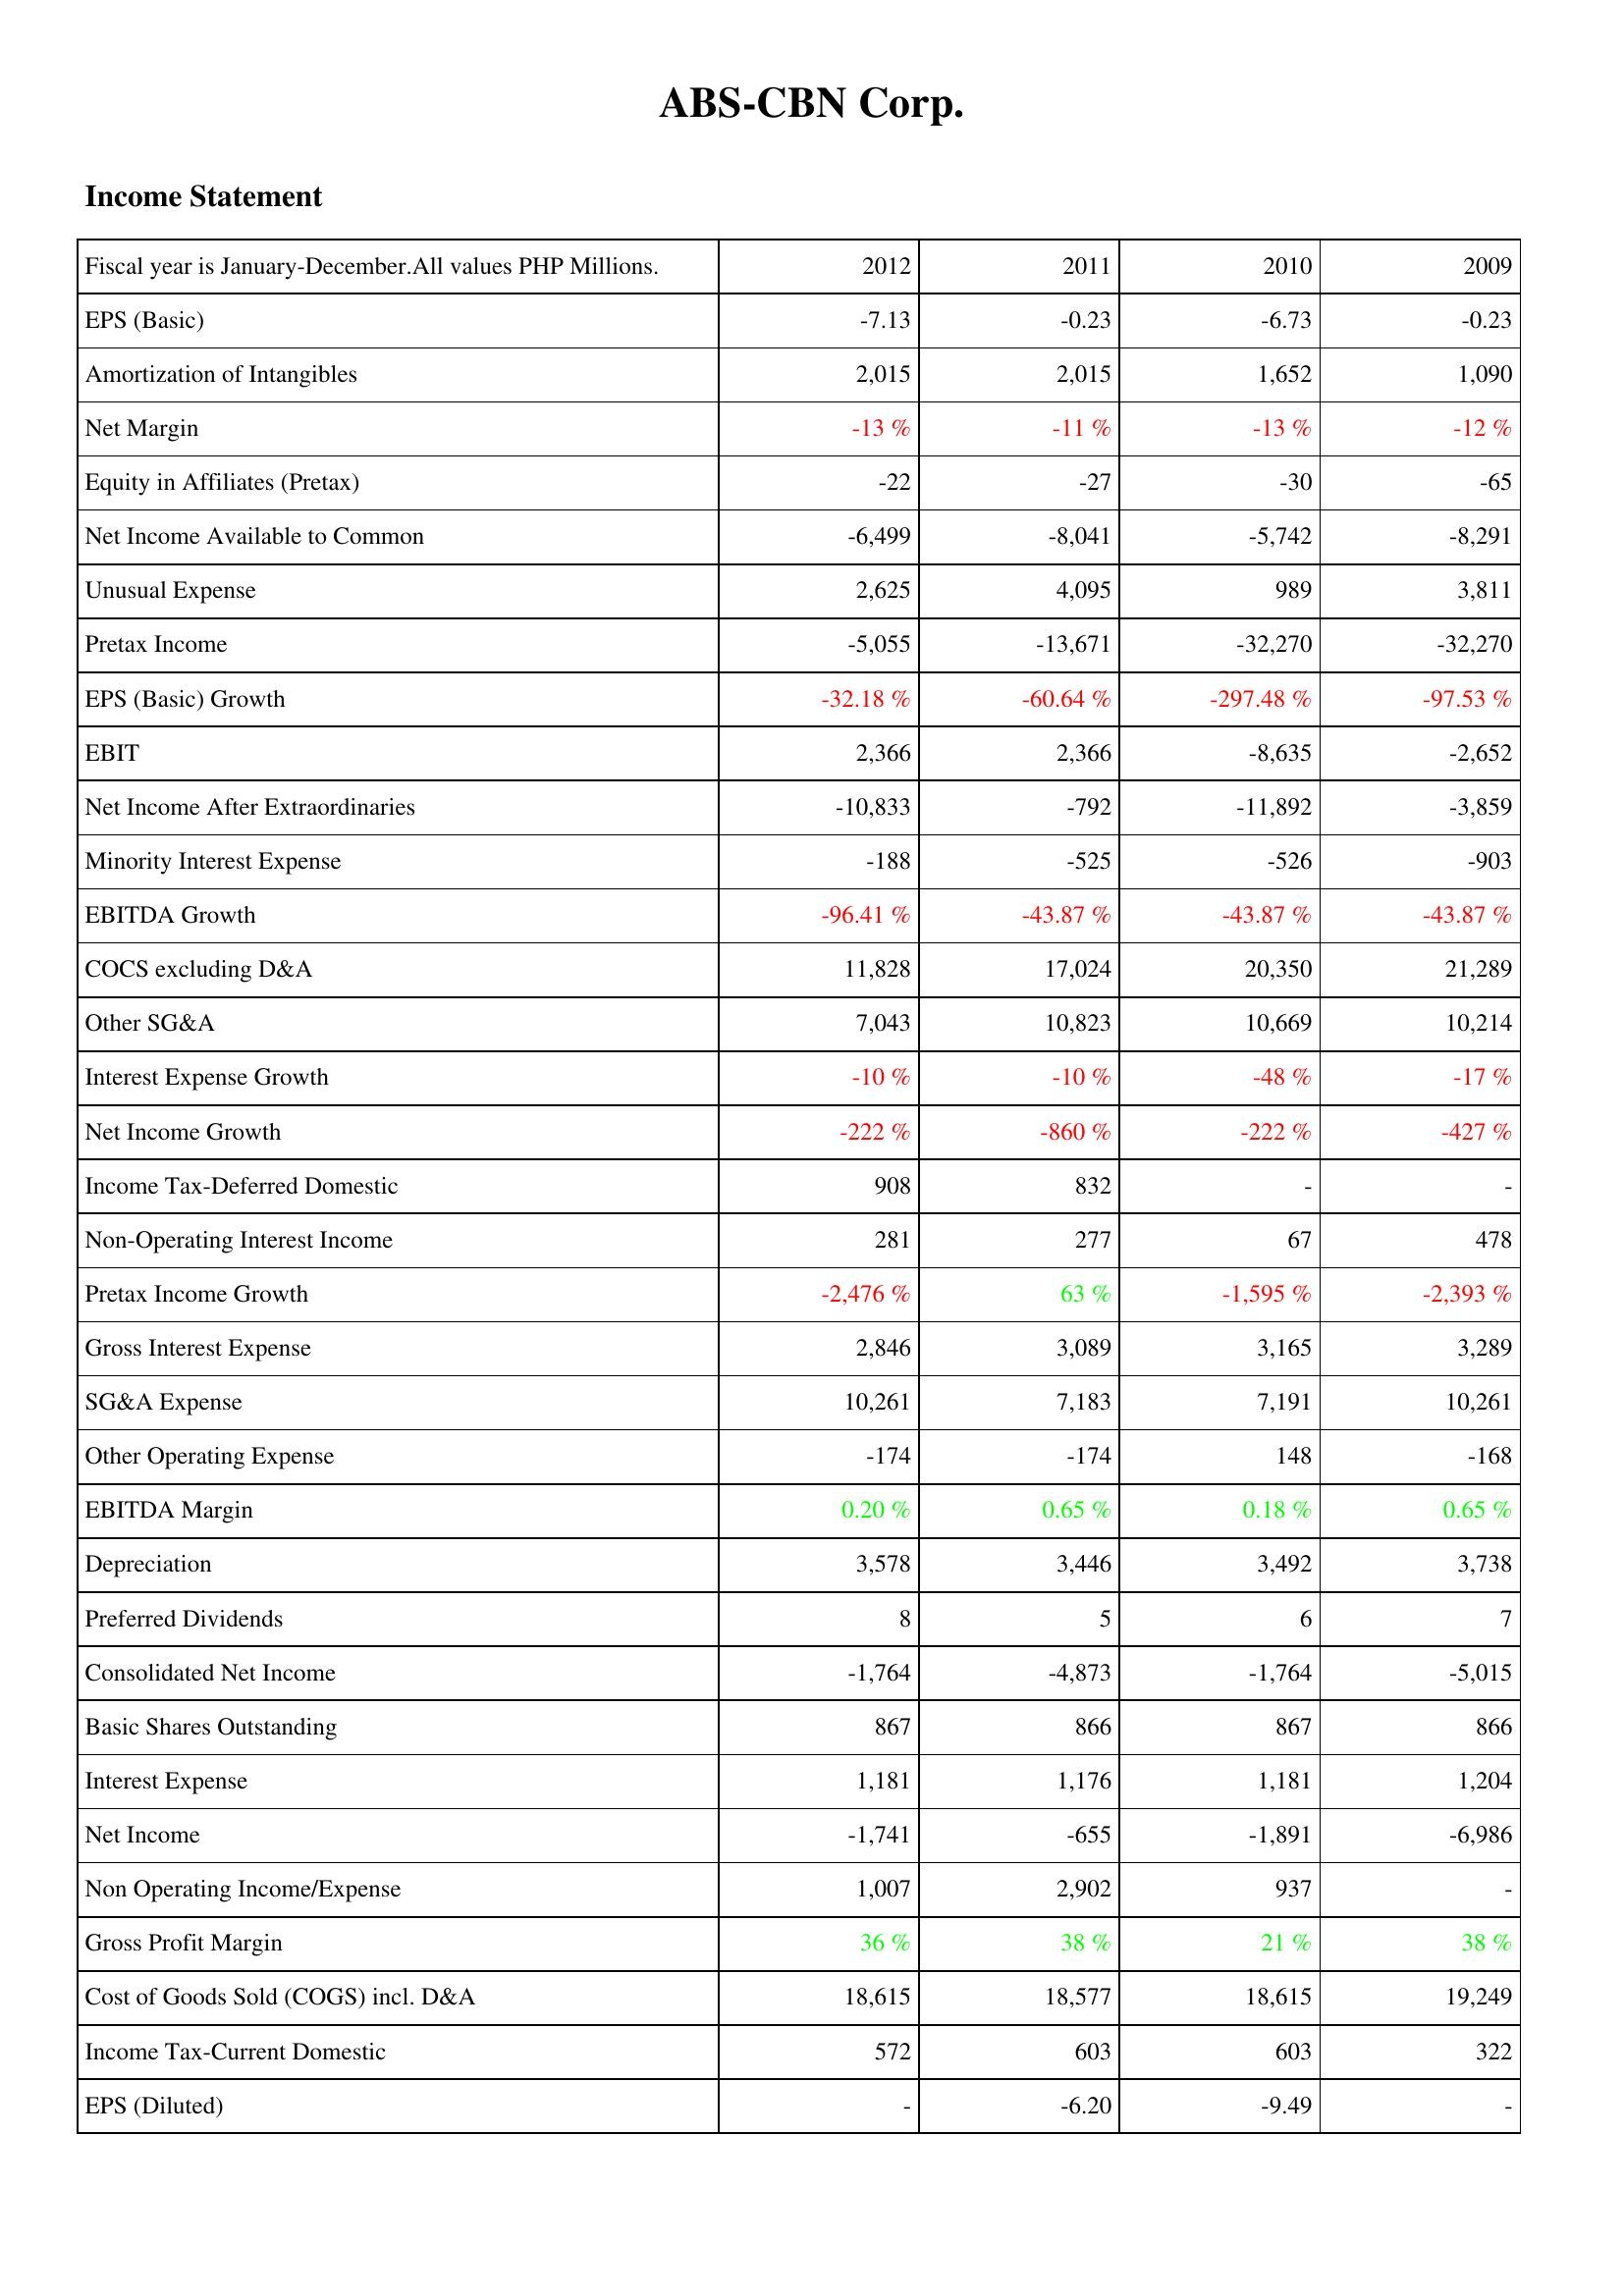
2012: Income Statement: EPS (Basic): -7.13
Amortization of Intangibles: 2,015
Net Margin: -13 %
Equity in Affiliates (Pretax): -22
Net Income Available to Common: -6,499
Unusual Expense: 2,625
Pretax Income: -5,055
EPS (Basic) Growth: -32.18 %
EBIT: 2,366
Net Income After Extraordinaries: -10,833
Minority Interest Expense: -188
EBITDA Growth: -96.41 %
COCS excluding D&A: 11,828
Other SG&A: 7,043
Interest Expense Growth: -10 %
Net Income Growth: -222 %
Income Tax-Deferred Domestic: 908
Non-Operating Interest Income: 281
Pretax Income Growth: -2,476 %
Gross Interest Expense: 2,846
SG&A Expense: 10,261
Other Operating Expense: -174
EBITDA Margin: 0.20 %
Depreciation: 3,578
Preferred Dividends: 8
Consolidated Net Income: -1,764
Basic Shares Outstanding: 867
Interest Expense: 1,181
Net Income: -1,741
Non Operating Income/Expense: 1,007
Gross Profit Margin: 36 %
Cost of Goods Sold (COGS) incl. D&A: 18,615
Income Tax-Current Domestic: 572
EPS (Diluted): -
2011: Income Statement: EPS (Basic): -0.23
Amortization of Intangibles: 2,015
Net Margin: -11 %
Equity in Affiliates (Pretax): -27
Net Income Available to Common: -8,041
Unusual Expense: 4,095
Pretax Income: -13,671
EPS (Basic) Growth: -60.64 %
EBIT: 2,366
Net Income After Extraordinaries: -792
Minority Interest Expense: -525
EBITDA Growth: -43.87 %
COCS excluding D&A: 17,024
Other SG&A: 10,823
Interest Expense Growth: -10 %
Net Income Growth: -860 %
Income Tax-Deferred Domestic: 832
Non-Operating Interest Income: 277
Pretax Income Growth: 63 %
Gross Interest Expense: 3,089
SG&A Expense: 7,183
Other Operating Expense: -174
EBITDA Margin: 0.65 %
Depreciation: 3,446
Preferred Dividends: 5
Consolidated Net Income: -4,873
Basic Shares Outstanding: 866
Interest Expense: 1,176
Net Income: -655
Non Operating Income/Expense: 2,902
Gross Profit Margin: 38 %
Cost of Goods Sold (COGS) incl. D&A: 18,577
Income Tax-Current Domestic: 603
EPS (Diluted): -6.20
2010: Income Statement: EPS (Basic): -6.73
Amortization of Intangibles: 1,652
Net Margin: -13 %
Equity in Affiliates (Pretax): -30
Net Income Available to Common: -5,742
Unusual Expense: 989
Pretax Income: -32,270
EPS (Basic) Growth: -297.48 %
EBIT: -8,635
Net Income After Extraordinaries: -11,892
Minority Interest Expense: -526
EBITDA Growth: -43.87 %
COCS excluding D&A: 20,350
Other SG&A: 10,669
Interest Expense Growth: -48 %
Net Income Growth: -222 %
Income Tax-Deferred Domestic: -
Non-Operating Interest Income: 67
Pretax Income Growth: -1,595 %
Gross Interest Expense: 3,165
SG&A Expense: 7,191
Other Operating Expense: 148
EBITDA Margin: 0.18 %
Depreciation: 3,492
Preferred Dividends: 6
Consolidated Net Income: -1,764
Basic Shares Outstanding: 867
Interest Expense: 1,181
Net Income: -1,891
Non Operating Income/Expense: 937
Gross Profit Margin: 21 %
Cost of Goods Sold (COGS) incl. D&A: 18,615
Income Tax-Current Domestic: 603
EPS (Diluted): -9.49
2009: Income Statement: EPS (Basic): -0.23
Amortization of Intangibles: 1,090
Net Margin: -12 %
Equity in Affiliates (Pretax): -65
Net Income Available to Common: -8,291
Unusual Expense: 3,811
Pretax Income: -32,270
EPS (Basic) Growth: -97.53 %
EBIT: -2,652
Net Income After Extraordinaries: -3,859
Minority Interest Expense: -903
EBITDA Growth: -43.87 %
COCS excluding D&A: 21,289
Other SG&A: 10,214
Interest Expense Growth: -17 %
Net Income Growth: -427 %
Income Tax-Deferred Domestic: -
Non-Operating Interest Income: 478
Pretax Income Growth: -2,393 %
Gross Interest Expense: 3,289
SG&A Expense: 10,261
Other Operating Expense: -168
EBITDA Margin: 0.65 %
Depreciation: 3,738
Preferred Dividends: 7
Consolidated Net Income: -5,015
Basic Shares Outstanding: 866
Interest Expense: 1,204
Net Income: -6,986
Non Operating Income/Expense: -
Gross Profit Margin: 38 %
Cost of Goods Sold (COGS) incl. D&A: 19,249
Income Tax-Current Domestic: 322
EPS (Diluted): -